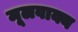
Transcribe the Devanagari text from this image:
मूलवाक्य